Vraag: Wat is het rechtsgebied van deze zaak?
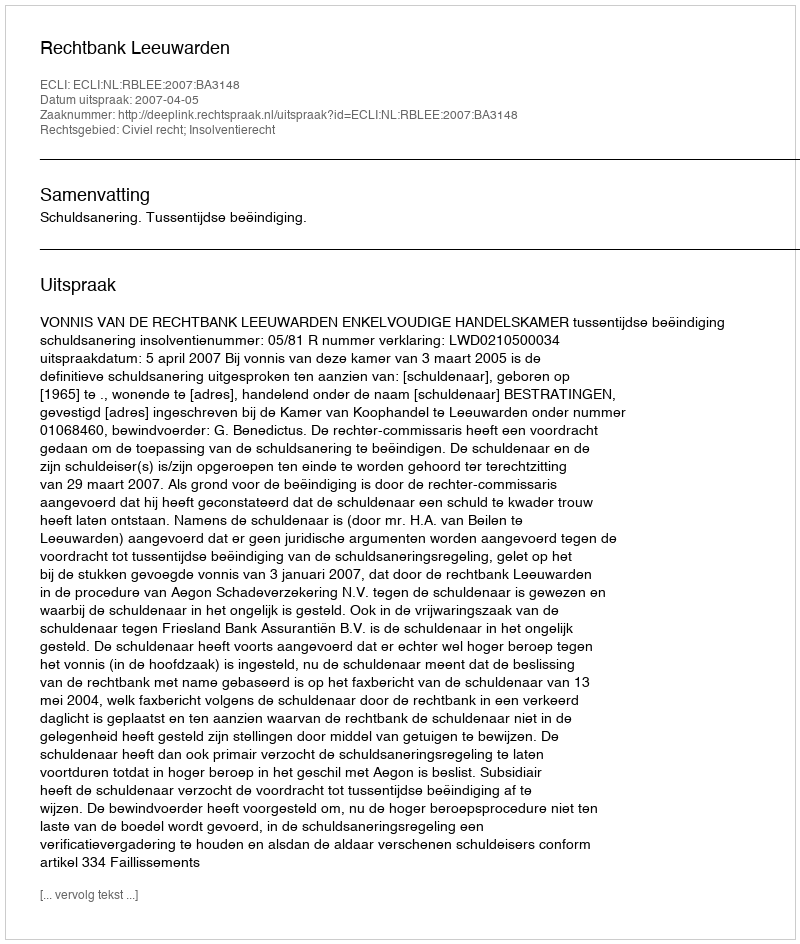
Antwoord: Civiel recht; Insolventierecht